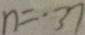
n = \cdot 3 7